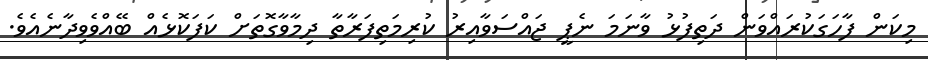
މިކަން ފާހަގަކުރައްވަން ދަތިފުޅު ވާނަމަ ނެޕީ ޖައްސަވާއިރު ކުރިމަތިފަރާތާ ދިމާވާގޮތަށް ކަފަކޮޅެއް ބޭއްވެވިދާނެއެވެ.